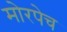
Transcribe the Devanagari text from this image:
मोरपेच